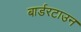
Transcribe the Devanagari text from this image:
बार्डरटाउन